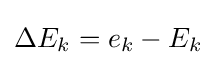
\Delta E_{k}=e_{k}-E_{k}